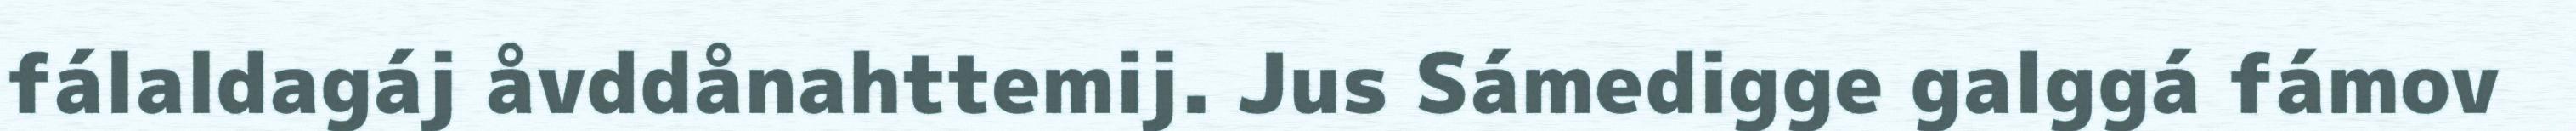
fálaldagáj åvddånahttemij. Jus Sámedigge galggá fámov